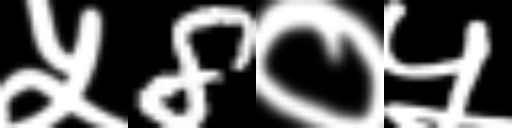
Text: ५8०५